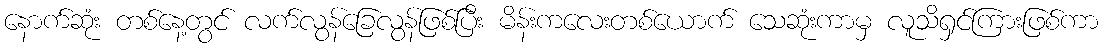
နောက်ဆုံး တစ်နေ့တွင် လက်လွန်ခြေလွန်ဖြစ်ပြီး မိန်းကလေးတစ်ယောက် သေဆုံးကာမှ လူသိရှင်ကြားဖြစ်ကာ